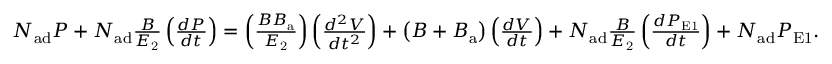
\begin{array} { r } { N _ { \mathrm { a d } } P + N _ { \mathrm { a d } } \frac { B } { E _ { \mathrm { 2 } } } \left( \frac { d P } { d t } \right) = \left( \frac { B B _ { \mathrm { a } } } { E _ { \mathrm { 2 } } } \right) \left( \frac { d ^ { 2 } V } { d t ^ { 2 } } \right) + \left( B + B _ { \mathrm { a } } \right) \left( \frac { d V } { d t } \right) + N _ { \mathrm { a d } } \frac { B } { E _ { \mathrm { 2 } } } \left( \frac { d P _ { \mathrm { E 1 } } } { d t } \right) + N _ { \mathrm { a d } } P _ { \mathrm { E 1 } } . } \end{array}